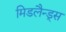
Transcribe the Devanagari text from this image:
मिडलैन्ड्स